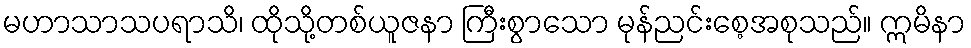
မဟာသာသပရာသိ၊ ထိုသို့တစ်ယူဇနာ ကြီးစွာသော မုန်ညင်းစေ့အစုသည်။ ဣမိနာ